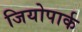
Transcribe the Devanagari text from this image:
जियोपार्क